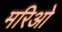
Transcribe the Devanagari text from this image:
मरिओ